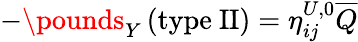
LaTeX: -\pounds_{Y}\left(\mathrm{type~II}\right)=\eta_{ij}^{U,0}\overline{{{Q}}}